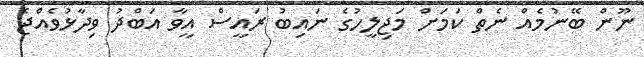
ނޫން ބޭނުމެއް ނެތް ކަމަށް މަޖިލީހުގެ ނައިބު ރައީސް އީވާ އަބްދު ވިދާޅުވެއްޖެ